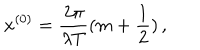
LaTeX: x ^ { ( 0 ) } = \frac { 2 \pi } { \lambda T } ( m + \frac { 1 } { 2 } ) \, , \nonumber